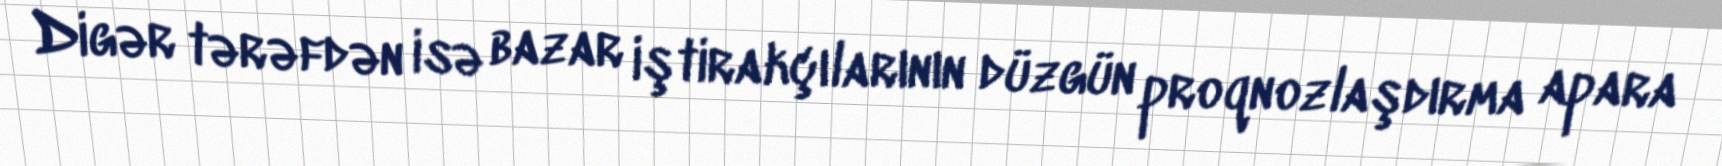
Digər tərəfdən isə bazar iştirakçılarının düzgün proqnozlaşdırma apara